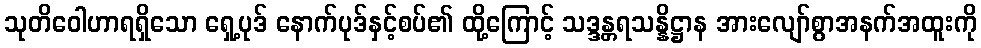
သုတိဝေါဟာရရှိသော ရှေ့ပုဒ် နောက်ပုဒ်နှင့်စပ်၏ ထို့ကြောင့် သဒ္ဒန္တရသန္နိဋ္ဌာန အားလျော်စွာအနက်အထူးကို